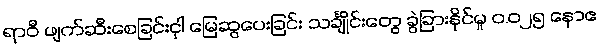
ရာဝီ ဖျက်ဆီးစေခြင်းငှါ မြေဆွပေးခြင်း သင်္ချိုင်းတွေ ခွဲခြားနိုင်မှု ၀.၀၂၅ နောဧ